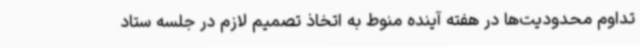
تداوم محدودیت‌ها در هفته آینده منوط به اتخاذ تصمیم لازم در جلسه ستاد